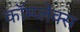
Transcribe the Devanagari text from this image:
कॉम्‍प्‍लेक्‍स